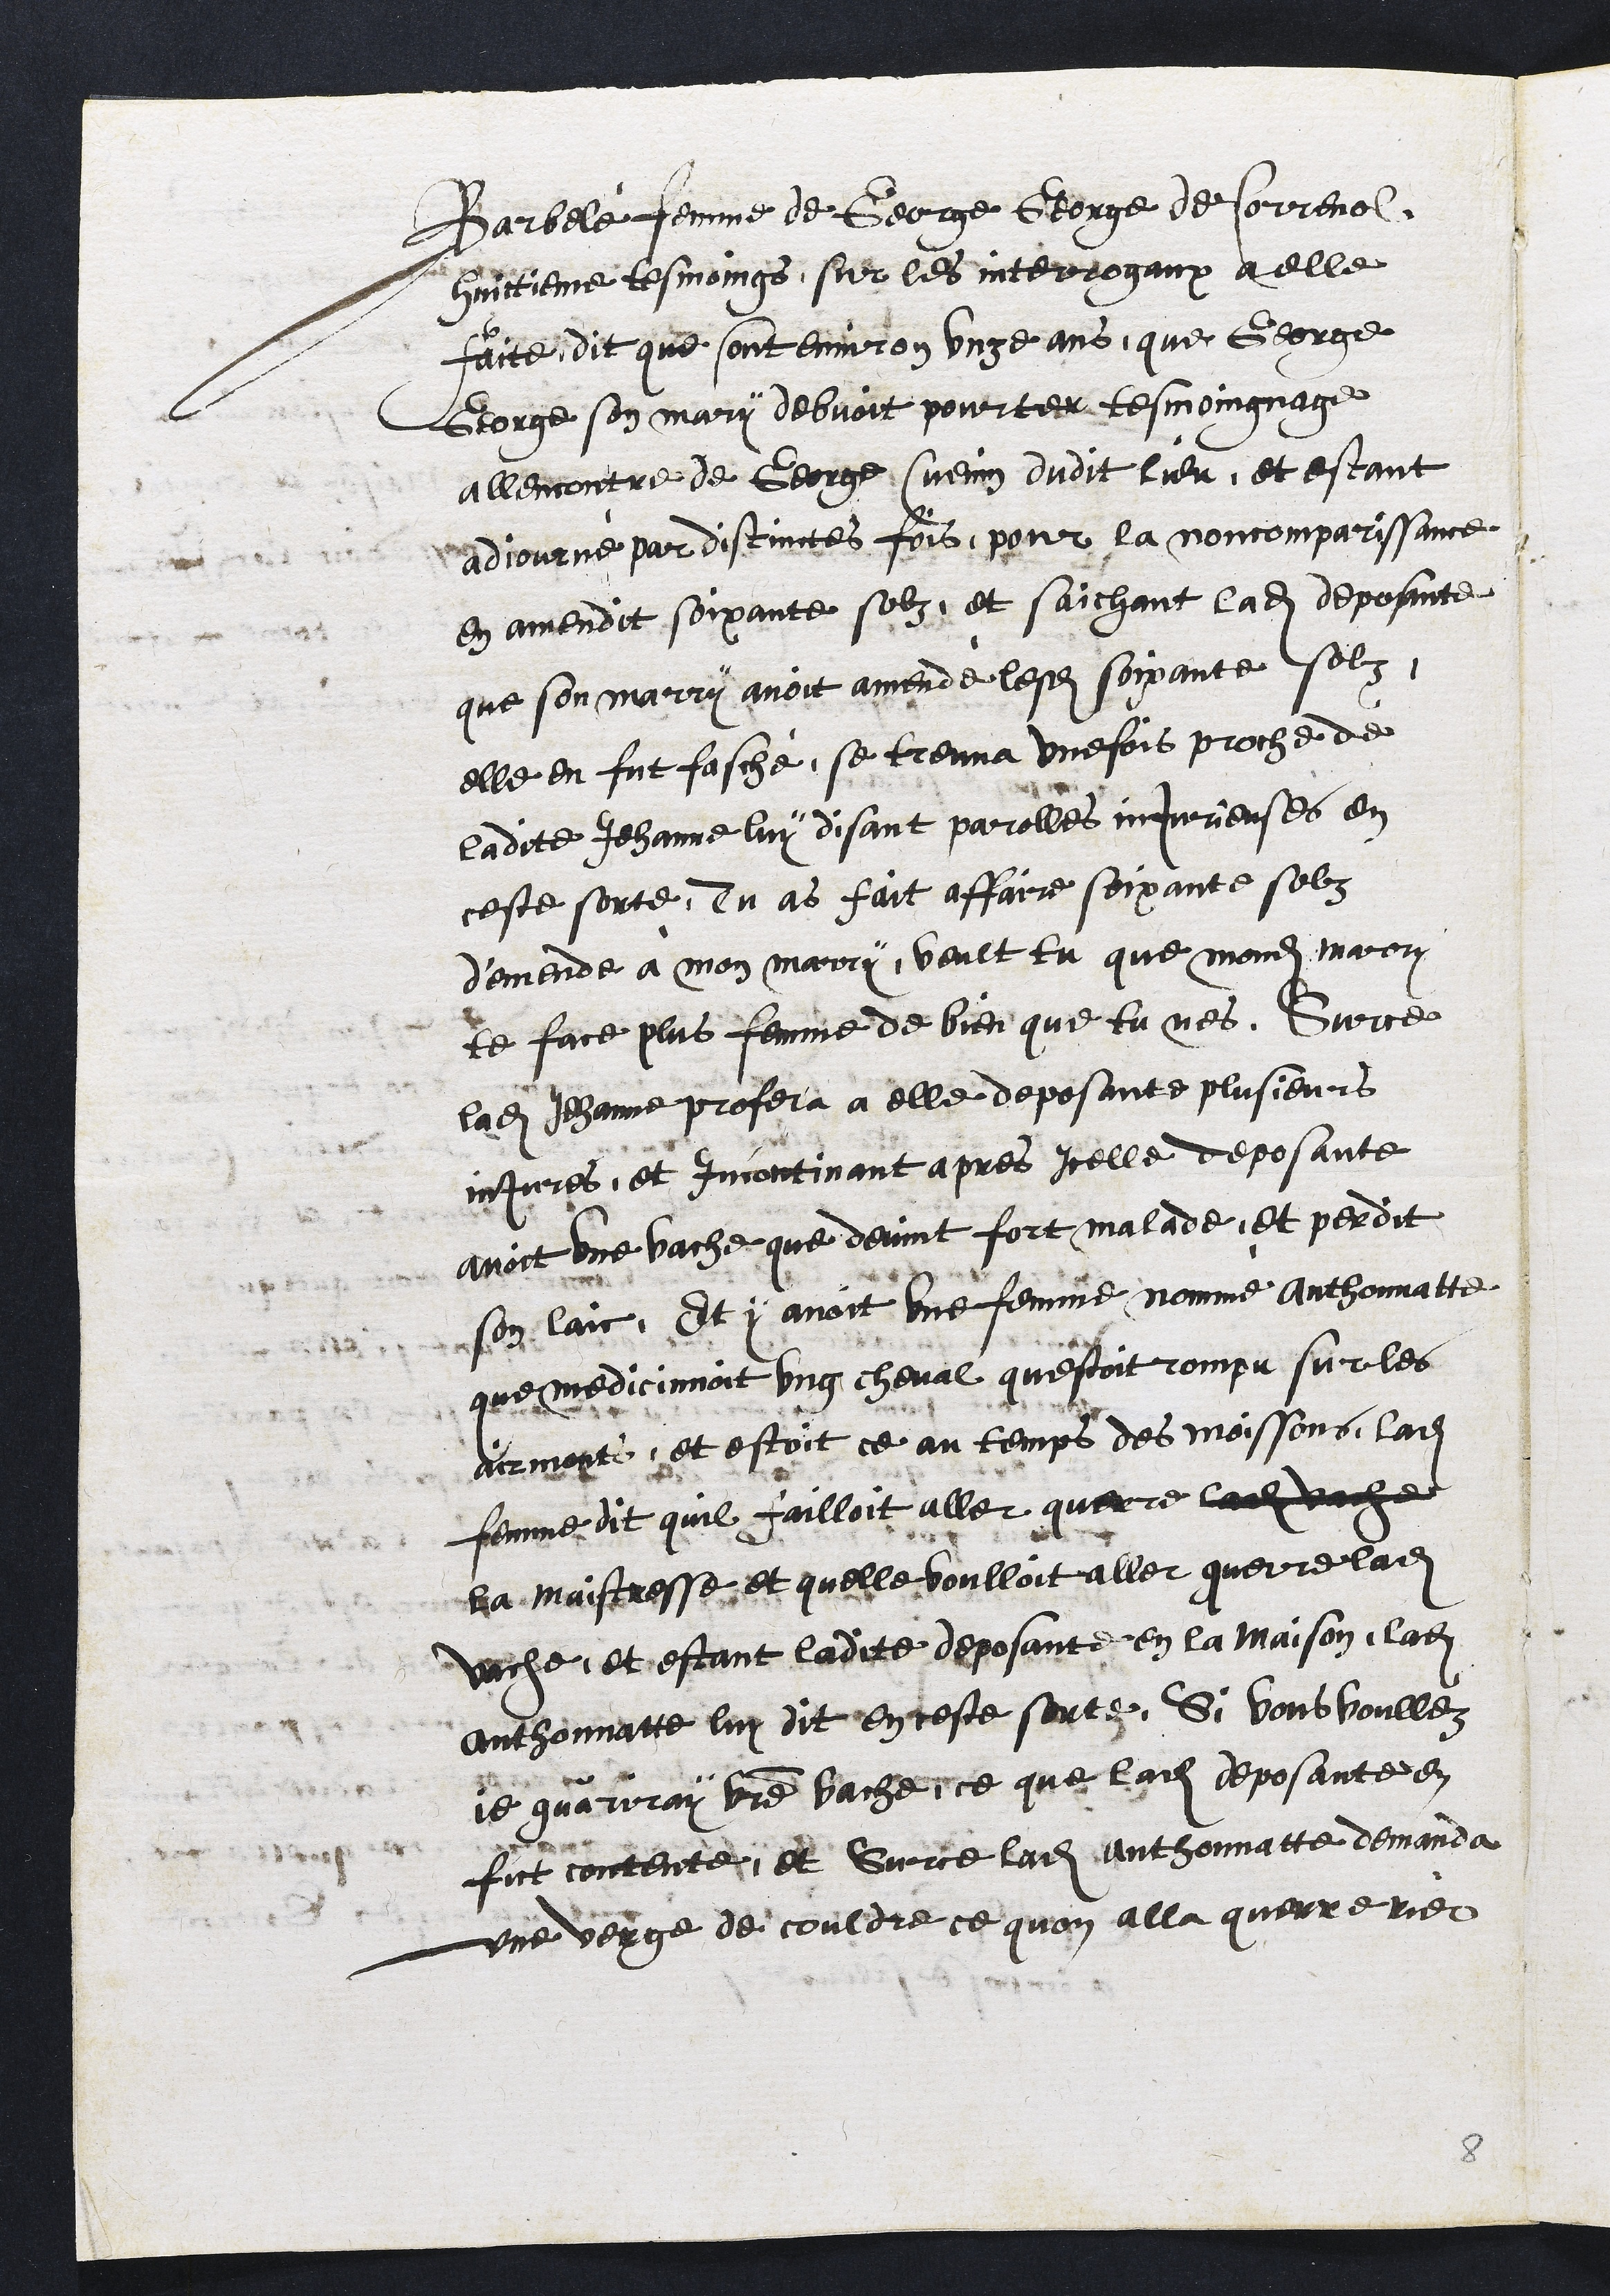
Barbelé femme de George George de Correnol
huictieme tesmoings, sur les interrogaux a elle
faite dit que sont environ unze ans, que George
George son mary debvoit pourter tesmoingnage
allencontre de George Cuenin dudit lieu, et estant
adjourné par distinctes fois, pour la noncomparissance
en amendit soixante solz, et saichant ladite deposante
que son marry avoit amendé lesdits soixante solz,
elle en fut fasché, se treuva une fois proche de
ladite Jehanne luy disant parolles injurieuses en
ceste sorte, Tu as fait affaire soixante solz
d'emende à mon marry, veult tu que mondit mary
te face plus femme de bien que tu nes. Sur ce
ladite Jehanne profera a elle deposante plusieurs
injures, et incontinant apres Icelle deposante
avoit une vache que devint fort malade, et perdit
son laic, Et y avoit une femme nomme Anthonnatte
que medicinnoit ung cheval questoit rompu sur les
airmonts et estoit ce au temps des moissons, ladite
femme dit quil failloit aller querre ladite vache
sa maistresse et quelle voulloit aller querre ladite
vache, et estant ladite deposante en la maison, ladite
Anthonnatte luy dit en ceste sorte, Si vous voullez
je gueriray votre vache, ce que ladite deposante en
fut contente, Et Surce ladite Anthonnatte demanda
une verge de couldre ce quon alla querre rier

8